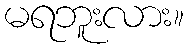
မရဘူးလား။